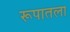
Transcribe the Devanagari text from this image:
रूपातला